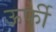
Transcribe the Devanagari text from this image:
ऊर्फी